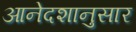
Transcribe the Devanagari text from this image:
आनेदशानुसार